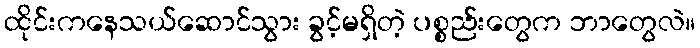
ထိုင်းကနေသယ်ဆောင်သွား ခွင့်မရှိတဲ့ ပစ္စည်းတွေက ဘာတွေလဲ။